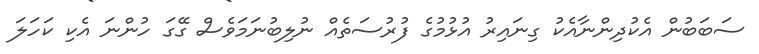
ސަބަބުން އެކުދިންނާއެކު ގިނައިރު އުޅުމުގެ ފުރުސަތެއް ނުލިބުނަމަވެސް ގޭގަ ހުންނަ އެކި ކަހަލަ